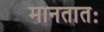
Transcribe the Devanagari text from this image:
मानतातः